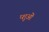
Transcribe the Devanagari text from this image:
प्शुओं